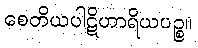
စေတိယပါဋိဟာရိယပဉ္စ။